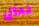
تعال